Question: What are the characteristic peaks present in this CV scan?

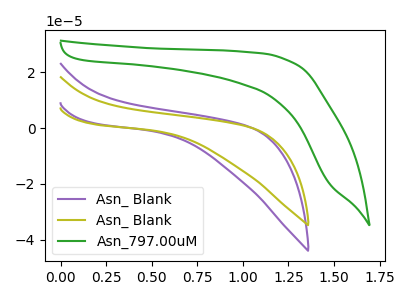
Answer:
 <answer>The purple curve "Asn_ Blank" has no peaks. The olive curve "Asn_ Blank" has no peaks. The green curve "Asn_797.00uM" has no peaks.</answer>
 <eval></eval>